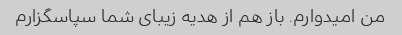
من امیدوارم. باز هم از هدیه زیبای شما سپاسگزارم